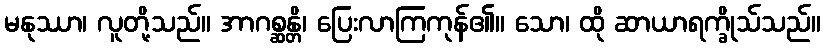
မနုဿာ၊ လူတို့သည်။ အာဂစ္ဆန္တိ၊ ပြေးလာကြကုန်၏။ သော၊ ထို ဆာယာရက္ခိုသ်သည်။